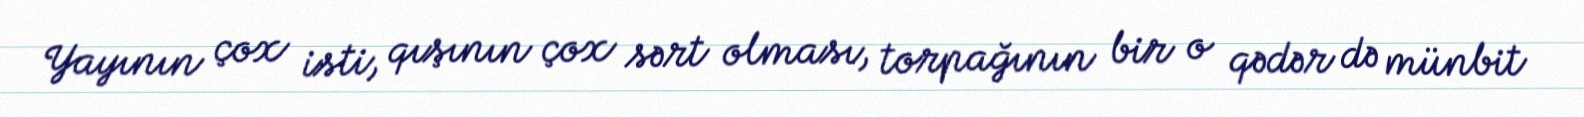
Yayının çox isti, qışının çox sərt olması, torpağının bir o qədər də münbit